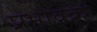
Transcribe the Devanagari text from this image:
प्रभावको